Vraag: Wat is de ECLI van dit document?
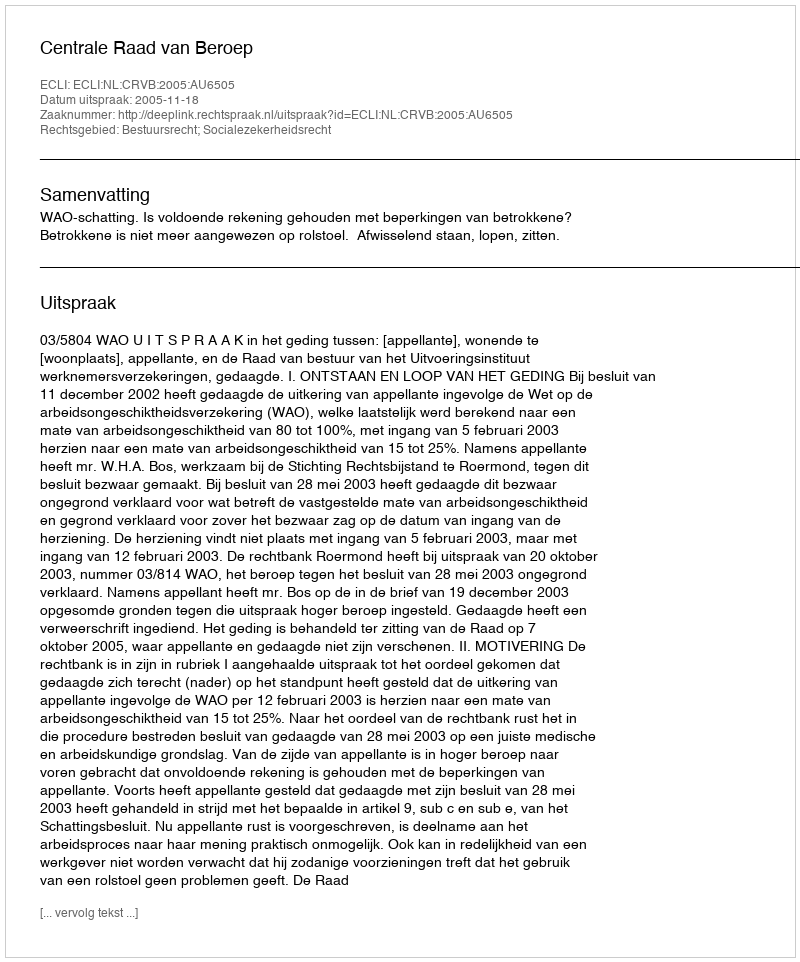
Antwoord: ECLI:NL:CRVB:2005:AU6505